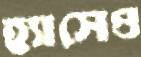
হ্যাসেও